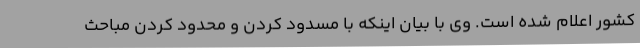
کشور اعلام شده است. وی با بیان اینکه با مسدود کردن و محدود کردن مباحث